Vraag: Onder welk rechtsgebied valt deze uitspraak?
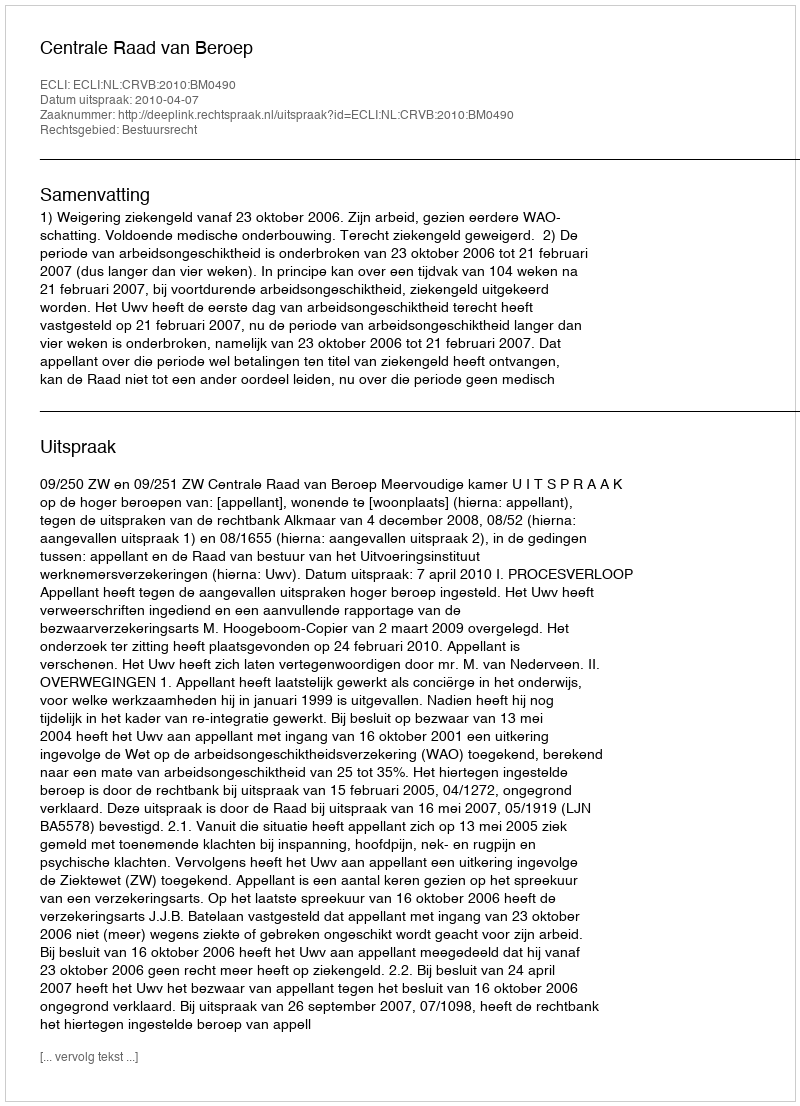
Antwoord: Bestuursrecht